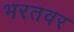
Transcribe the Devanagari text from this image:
भरतवर